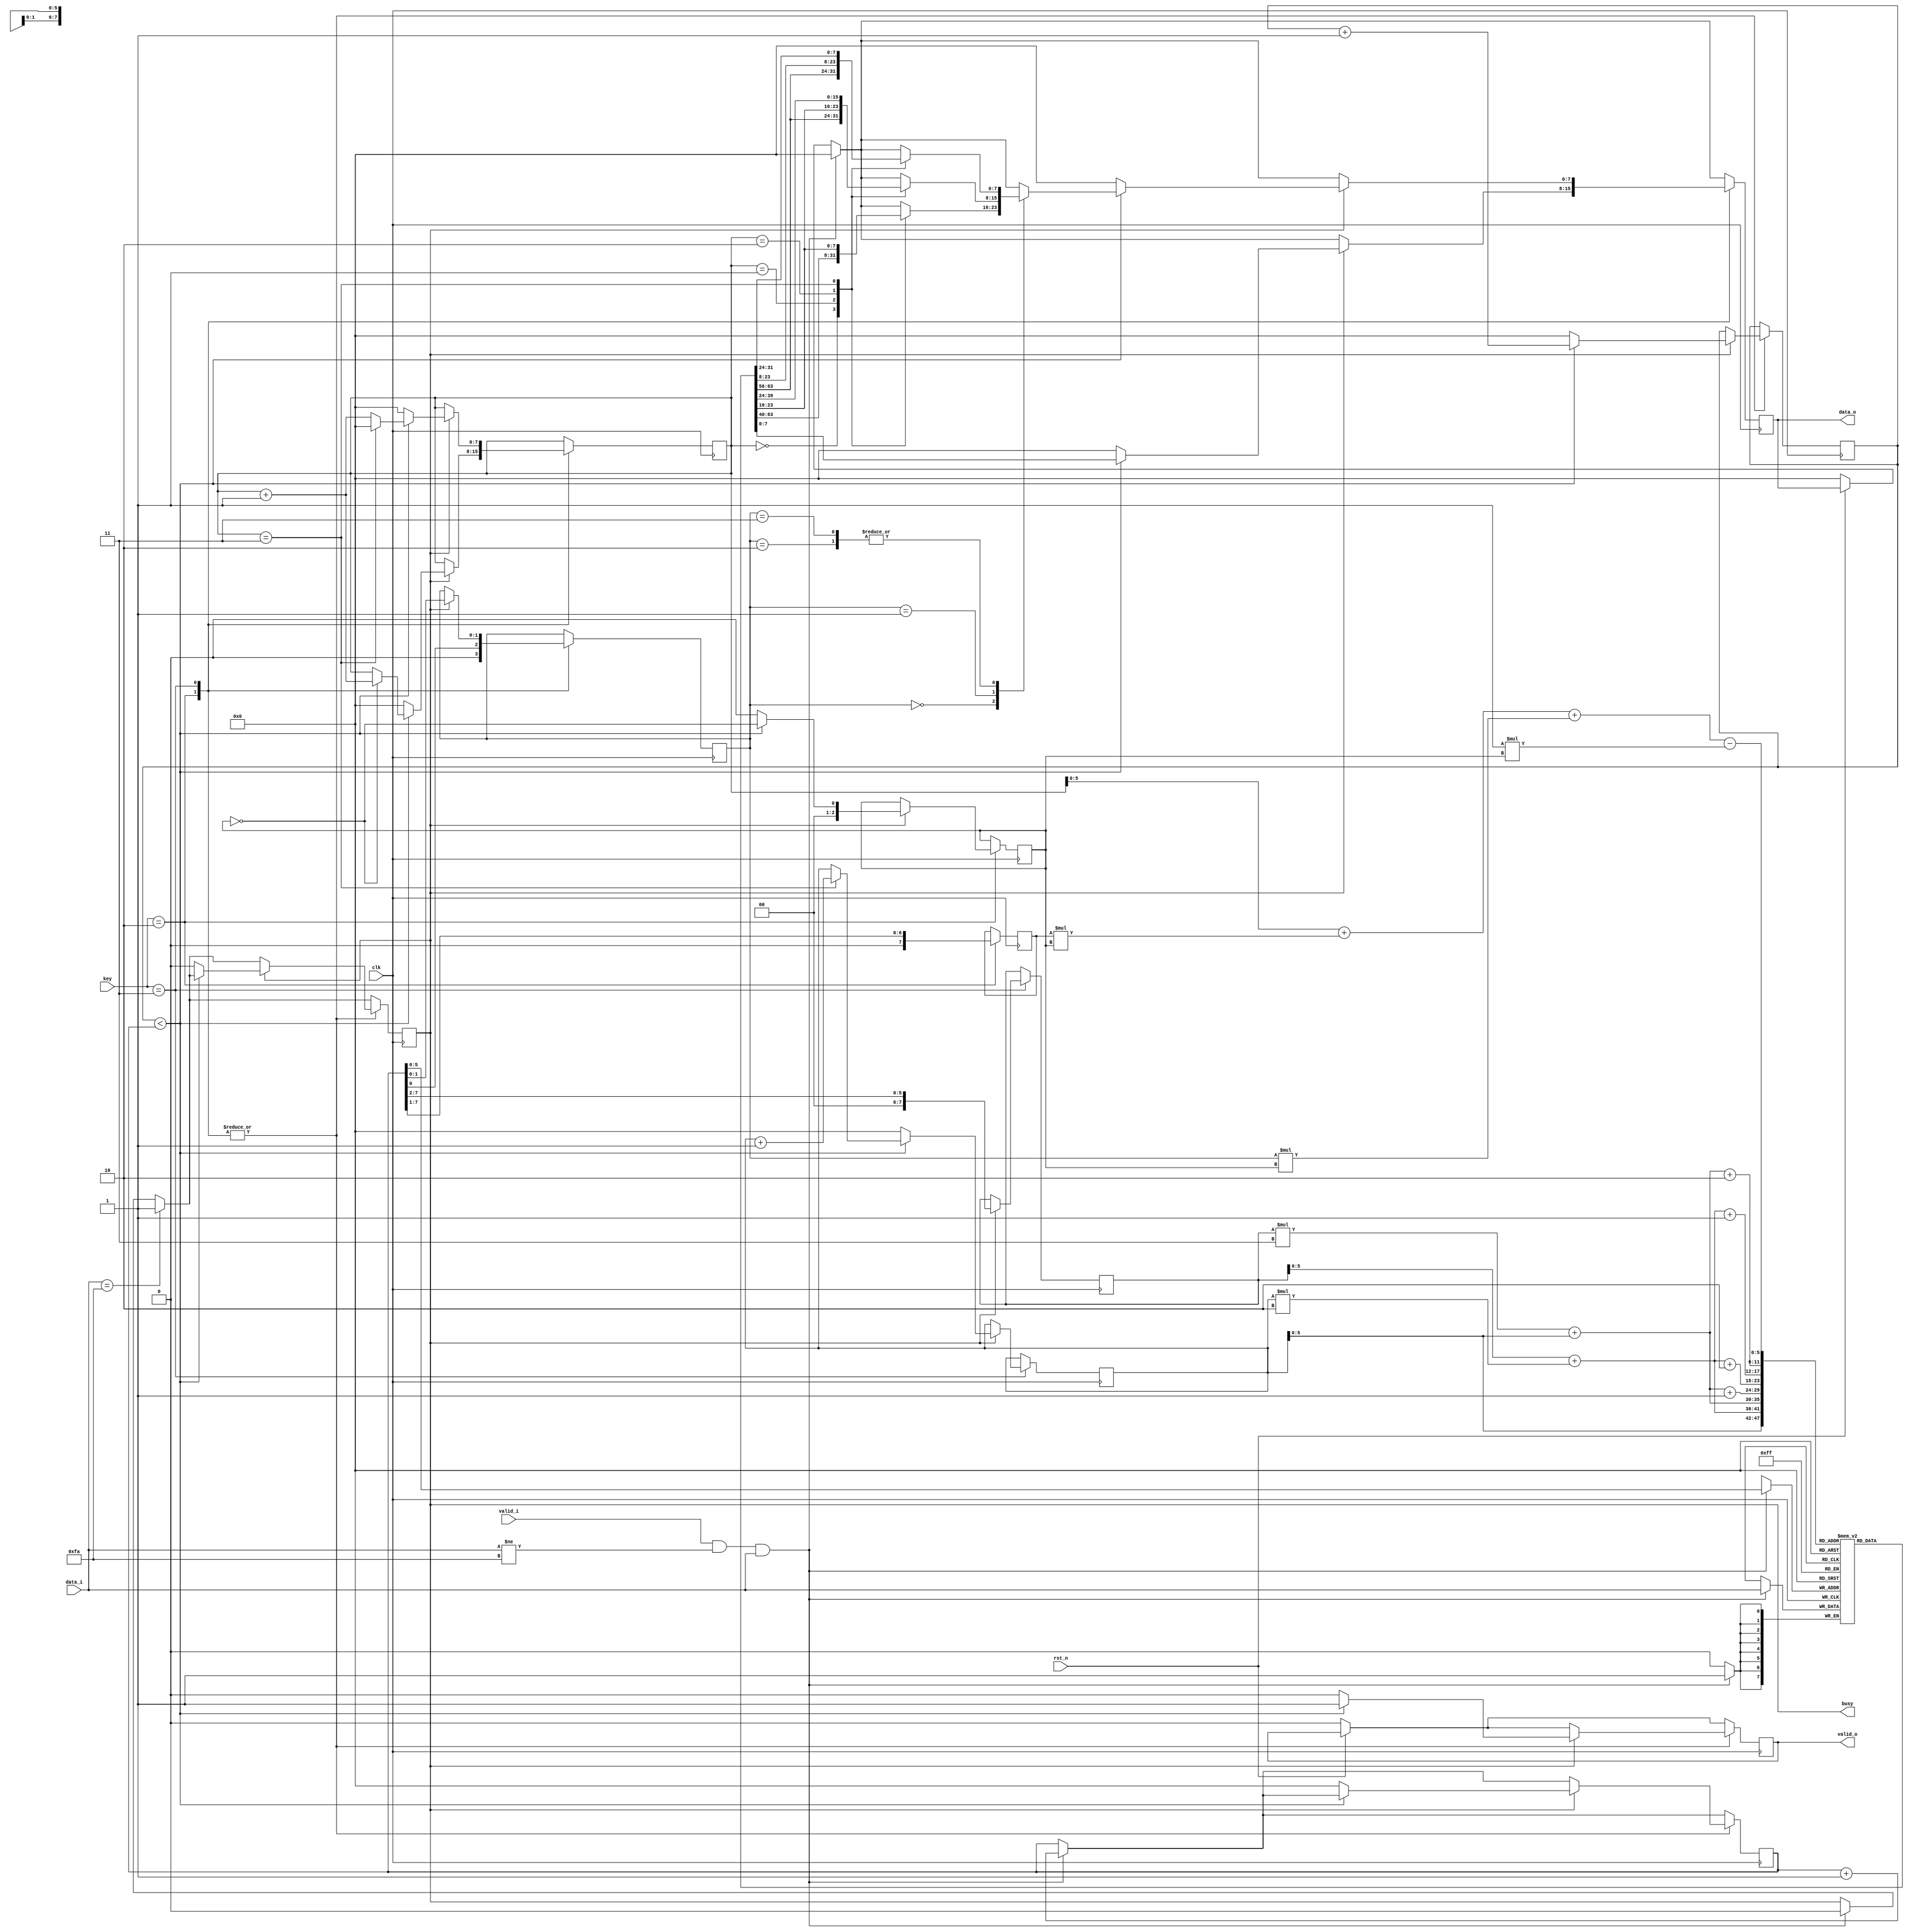
`timescale 1ns / 1ps
//////////////////////////////////////////////////////////////////////////////////
// Company: 
// Engineer: 
// 
// Design Name: 
// Module Name:    zigzag_decryption 
// Project Name: 
// Target Devices: 
// Tool versions: 
// Description: 
//
// Dependencies: 
//
// Revision: 
// Revision 0.01 - File Created
// Additional Comments: 
//
//////////////////////////////////////////////////////////////////////////////////
module zigzag_decryption #(
				parameter D_WIDTH = 8,
				parameter KEY_WIDTH = 8,
				parameter MAX_NOF_CHARS = 50,
				parameter START_DECRYPTION_TOKEN = 8'hFA
			)(
			// Clock and reset interface
			input clk,
			input rst_n,
			
			// Input interface
			input[D_WIDTH - 1:0] data_i,
			input valid_i,
			
			// Decryption Key
			input[KEY_WIDTH - 1 : 0] key,
			
			// Output interface
			output reg[D_WIDTH - 1:0] data_o,
			output reg valid_o,
			output  reg busy=0
    );
	reg [D_WIDTH - 1:0] date_intermediare[MAX_NOF_CHARS:0]; 

	reg [2:0] l=0;
	reg [7 : 0] i=0;
	reg ok=0;
	reg [7 : 0] ckey;
	reg [7 : 0] h=0;
	
	reg [7:0] cicluri_ceas_parurse=0;
	reg [7:0] cicluri;
	reg [1:0] rest;
	reg [7:0] text=0;
	reg [7:0] index=0;;
// TODO: Implement ZigZag Decryption here
		always @(posedge clk) begin 
			if(rst_n==0) begin 
				valid_o<=0;
				data_o<=0;
			end
			
			if(valid_i==1 && data_i!=16'hFA && data_i) begin // retin datele mele intr un vector
					date_intermediare[h]<=data_i;
					h<=h+1;
					data_o<=0;
					busy<=0;
					
					
			end
					
			
			if (data_i==8'hFA) begin // am ajuns la final trec busy pe 1
				busy<=1;
			end
			
			
			case(key)
				2: begin 
					ckey<=h>>1; // impartire cu 2;
					rest<=h[0];
					
					
					if( busy==1) begin
					
							if(text<h) begin 
									valid_o<=1;
									// ne gandim ca tinem pe loc i si dupa ne bazam pe nr de ciclii si restul care poate sa fie0/1
									// tre sa scad 1 pentru ca i meu se va incrementa
									data_o<=date_intermediare[i+ckey*l+rest*l-1*l];
									l<=!l;					// ca sa pot sa am alternanta
									if( l==0) begin 
										i<=i+1;
									end
									text<=text+1;		//nunmarul de caractere afisate pana in mom actual
							end 
							else begin
								busy<=0;
								valid_o<=0;
								data_o<=0;
								i<=0;
								l<=0;
								h<=0;
								text<=0;
								
							end
						
							
								
					end
					
					
				end
				
				3: begin 
							if( busy==1) begin
						
							
							rest<=h[1:0];		// folosim ultimii 2 biti pentru ca stim ca aia sunt de
							cicluri<=h>>2; // pt key3 avem 4 elem per ciclu 
							if(text<h) begin
									valid_o<=1;
									case(rest)
										0: begin 
											case(i) //cazul fara rest 
												0: data_o<=date_intermediare[cicluri_ceas_parurse];
												1: data_o<=date_intermediare[cicluri + cicluri_ceas_parurse*2];
												2: data_o<=date_intermediare[cicluri*3 + cicluri_ceas_parurse];
												3: data_o<=date_intermediare[cicluri + cicluri_ceas_parurse*2+1];
											endcase
										
										end
										
										1: begin // adica o sa mai am un element pe primu rand
											
												case(i)
													0: data_o<=date_intermediare[cicluri_ceas_parurse];
													1: data_o<=date_intermediare[cicluri + cicluri_ceas_parurse*2+1];
													2: data_o<=date_intermediare[cicluri*3 + cicluri_ceas_parurse+1];
													3: data_o<=date_intermediare[cicluri + cicluri_ceas_parurse*2+2];
												endcase
												
										
											
										end
										
										2: begin  // o sa am si pe prima linie si pe a 2a
											
													case(i)
														0: data_o<=date_intermediare[cicluri_ceas_parurse];
														1: data_o<=date_intermediare[cicluri + cicluri_ceas_parurse*2+1];
														2: data_o<=date_intermediare[cicluri*3 + cicluri_ceas_parurse+2];
														3: data_o<=date_intermediare[cicluri + cicluri_ceas_parurse*2+2];
													endcase
													
												
										end
										
										3: begin  // o sa am si pe prima linie si pe a 2a si a 3 poz 
											
											case(i)
												0: data_o<=date_intermediare[cicluri_ceas_parurse];
												1: data_o<=date_intermediare[cicluri + cicluri_ceas_parurse*2+1];
												2: data_o<=date_intermediare[cicluri*3 + cicluri_ceas_parurse+2];
												3: data_o<=date_intermediare[cicluri + cicluri_ceas_parurse*2+2];
											
											endcase
											
											
										end
										
									
									
									endcase
									
								text<=text+1;
								if( i==3 ) begin		// cand am ajuns la ultimul elem din ciclu trebuie sa resetez 
									i<=0;
									cicluri_ceas_parurse<=cicluri_ceas_parurse+1;		// incrementez numaul de ciclii parcursi pana acum
								end else begin
									i<=i+1;	//trec la urmatorul element din ciclu
								end



							end else begin	//resetarea
								
								busy<=0;
								valid_o<=0;
								data_o<=0;
								cicluri_ceas_parurse<=0;
								i<=0;
								h<=0;
								text<=0;
							end
							
							
					end	
					
				end
			
				
				
				
			endcase
		end

endmodule